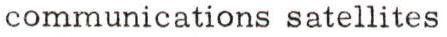
communications satellites